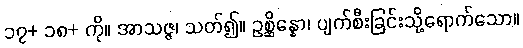
၁၇+ ၁၈+ ကို။ အာသဇ္ဇ၊ သတ်၍။ ဥစ္ဆိန္နော၊ ပျက်စီးခြင်းသို့ရောက်သော။